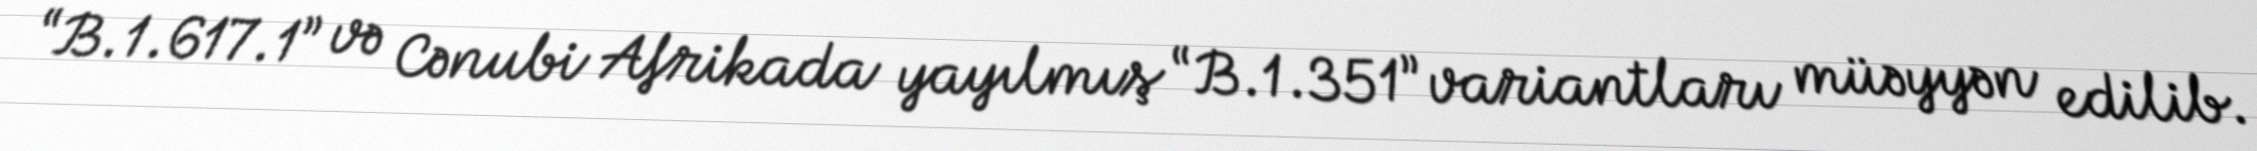
“B.1.617.1” və Cənubi Afrikada yayılmış “B.1.351” variantları müəyyən edilib.